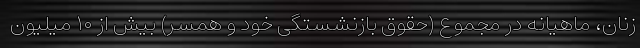
زنان، ماهیانه در مجموع (حقوق بازنشستگی خود و همسر) بیش از ۱۰ میلیون